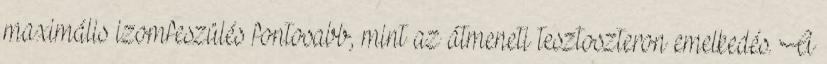
maximális izomfeszülés fontosabb, mint az átmeneti tesztoszteron emelkedés. A